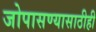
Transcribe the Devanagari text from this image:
जोपासण्यासाठीही